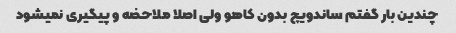
چندین بار گفتم ساندویچ بدون کاهو ولی اصلا ملاحضه و پیگیری نمیشود